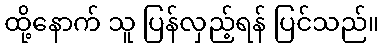
ထို့နောက် သူ ပြန်လှည့်ရန် ပြင်သည်။